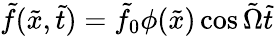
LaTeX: \tilde{f}(\tilde{x},\tilde{t})=\tilde{f}_{0}\phi(\tilde{x})\cos{\tilde{\Omega}\tilde{t}}